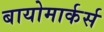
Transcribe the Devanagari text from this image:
बायोमार्कर्स